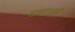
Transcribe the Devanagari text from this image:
भ्रष्टाओं